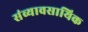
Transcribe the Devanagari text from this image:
संव्यावसायिक